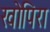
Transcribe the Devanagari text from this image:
खोपिरा